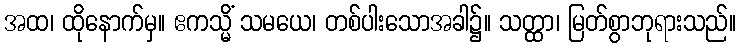
အထ၊ ထိုနောက်မှ။ ဧကသ္မိံ သမယေ၊ တစ်ပါးသောအခါ၌။ သတ္ထာ၊ မြတ်စွာဘုရားသည်။